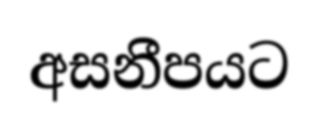
අසනීපයට